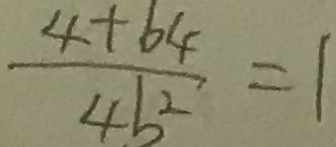
\frac { 4 + 6 4 } { 4 b ^ { 2 } } = 1